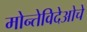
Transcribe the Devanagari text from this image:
मोन्तेविदेओचे